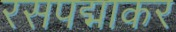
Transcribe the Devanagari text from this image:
रसपद्माकर